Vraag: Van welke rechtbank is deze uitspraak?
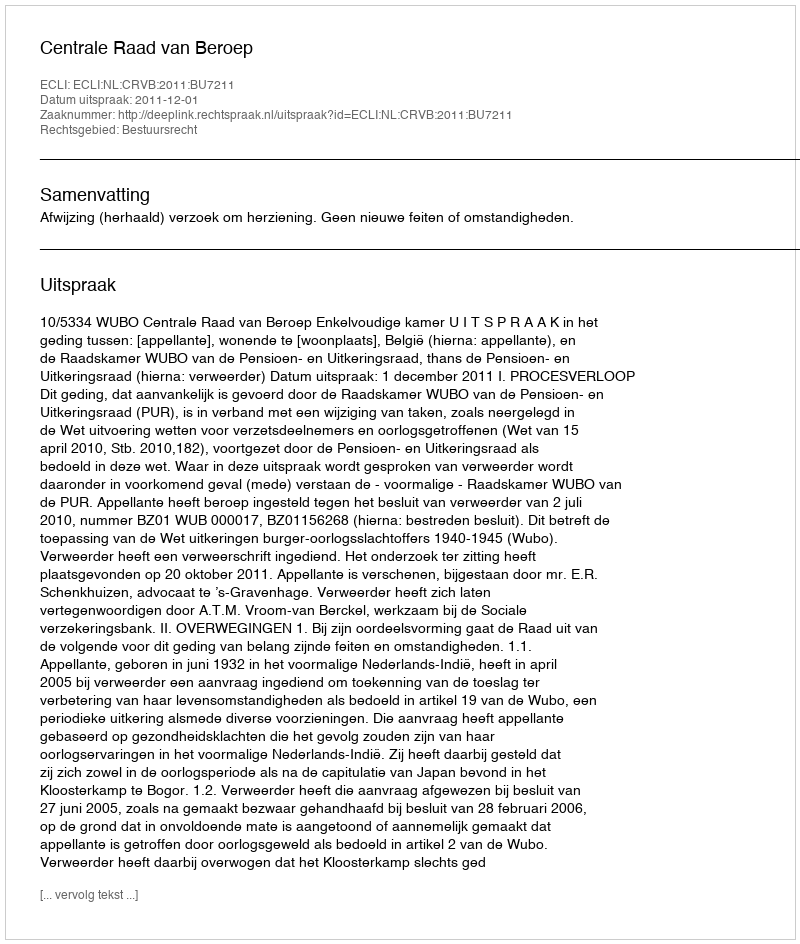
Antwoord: Centrale Raad van Beroep